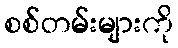
စစ်တမ်းများကို